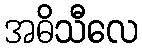
အဓိသီလေ